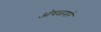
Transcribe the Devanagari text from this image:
ओघळणारे